Lunatic asylums in Bengal annual reports 1912-1924 - 1912-1924
Year: 1912
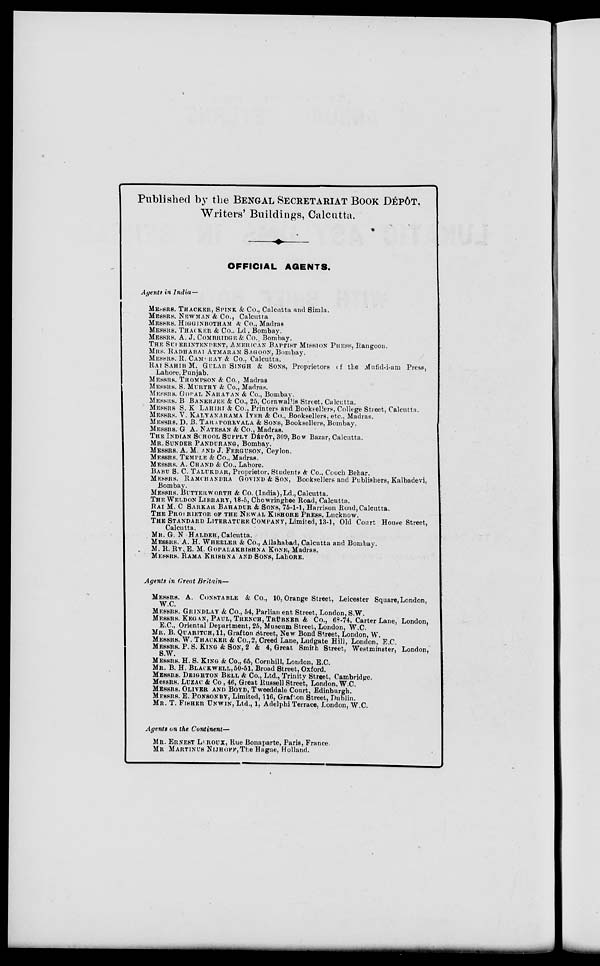
Published by the BENGAL SECRETARIAT BOOK DÉPÔT,
Writers' Buildings, Calcutta.
OFFICIAL AGENTS.
Agents in India—
MESSRS. THACKER, SPINK & Co., Calcutta and Simla.
MESSRS. NEWMAN & Co., Calcutta.
MESSRS. HIGGINBOTHAM & Co., Madras.
MESSRS. THACKER & Co., Ld., Bombay.
MESSRS. A. J. COMBRIDGE & Co., Bombay.
THE SUPERINTENDENT, AMERICAN BAPTIST MISSION PRESS, Rangoon.
MRS. RADHABAI ATMARAM SAGOON, Bombay.
MESSRS. R. CAMBRAY & Co., Calcutta.
RAI SAHIB M. GULAB SINGH & SONS, Proprietors of the Mufid-i-am Press,
Lahore, Punjab.
MESSRS. THOMPSON & Co., Madras.
MESSRS. S. MURTHY & Co., Madras.
MESSRS. GOPAL NARAYAN & Co., Bombay.
MESSRS. B. BANERJEE & Co., 25, Cornwallis Street, Calcutta.
MESSRS. S. K. LAHIRI & Co., Printers and Booksellers, College Street, Calcutta.
MESSRS. V. KALYANARAMA IYER & Co., Booksellers, etc., Madras.
MESSRS. D. B. TARAPOREVALA & SONS, Booksellers, Bombay.
MESSRS. G. A. NATESAN & Co., Madras.
THE INDIAN SCHOOL SUPPLY DÉPÔT, 309, Bow Bazar, Calcutta.
MR. SUNDER PANDURANG, Bombay.
MESSRS. A. M. AND J. FERGUSON, Ceylon.
MESSRS. TEMPLE & Co., Madras.
MESSRS. A. CHAND & Co., Lahore.
BABU S. C. TALUKDAR, Proprietor, Students & Co., Cooch Behar.
MESSRS. RAMCHANDRA GOVIND & SON, Booksellers and Publishers, Kalbadevi,
Bombay.
MESSRS. BITTERWORTH & Co. (India),Ld.,Calcutta.
THE WELDON LIBRARY, 18-5, Chowringhee Road, Calcutta.
RAI M. C. SARKAR BAHADUR & SONS, 75-1-1, Harrison Road,Calcutta.
THE PROPRIETOR OF THE NEWAL KISHORE PRESS, Lucknow.
THE STANDARD LITERATURE COMPANY, Limited, 13-1, Old Court House Street,
Calcutta.
MR. G. N. HALDER, Calcutta.
MESSRS. A. H. WHEELER & Co., Allahabad, Calcutta and Bombay.
M. R. RY. E. M. GOPALAKRISHNA KONE, Madras.
MESSRS. RAMA KRISHNA AND SONS, Lahore.
Agents in Great Britain—
MESSRS. A. CONSTABLE & Co., 10, Orange Street, Leicester Square,London,
W.C.
MESSRS. GRINDLAY & Co., 54, Parliament Street, London, S.W.
MESSRS. KEGAN, PAUL, TRENCH, TRÜBNER & Co., 68-74, Carter Lane, London,
E.C., Oriental Department, 25, Museum Street, London, W.C.
MR. B. QUARITCH, 11, Grafton Street, New Bond Street, London, W.
MESSRS. W. THACKER & Co.,2, Creed Lane, Ludgate Hill, London, E.C.
MESSRS. P. S. KING & SON, 2 & 4, Great Smith Street, Westminster, London,
S.W.
MESSRS. H. S. KING & Co., 65, Cornhill, London, E.C.
MR. B. H. BLACKWELL, 50-51, Broad Street, Oxford.
MESSRS. DEIGHTON BELL & Co., Ltd., Trinity Street, Cambridge.
MESSRS. LUZAC & Co , 46, Great Russell Street, London, W.C.
MESSRS. OLIVER AND BOYD, Tweeddale Court, Edinburgh.
MESSRS. E. PONSONBY, Limited, 116, Grafton Street, Dublin.
MR. T. FISHER UNWIN, Ltd., 1, Adelphi Terrace, London, W.C.
Agents on the Continent—
MR. ERNEST LEROUX, Rue Bonaparte, Paris, France.
MR. MARTINUS NIJHOFF,The Hague, Holland.